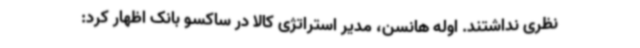
نظری نداشتند. اوله هانسن، مدیر استراتژی کالا در ساکسو بانک اظهار کرد: